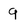
Character: 9